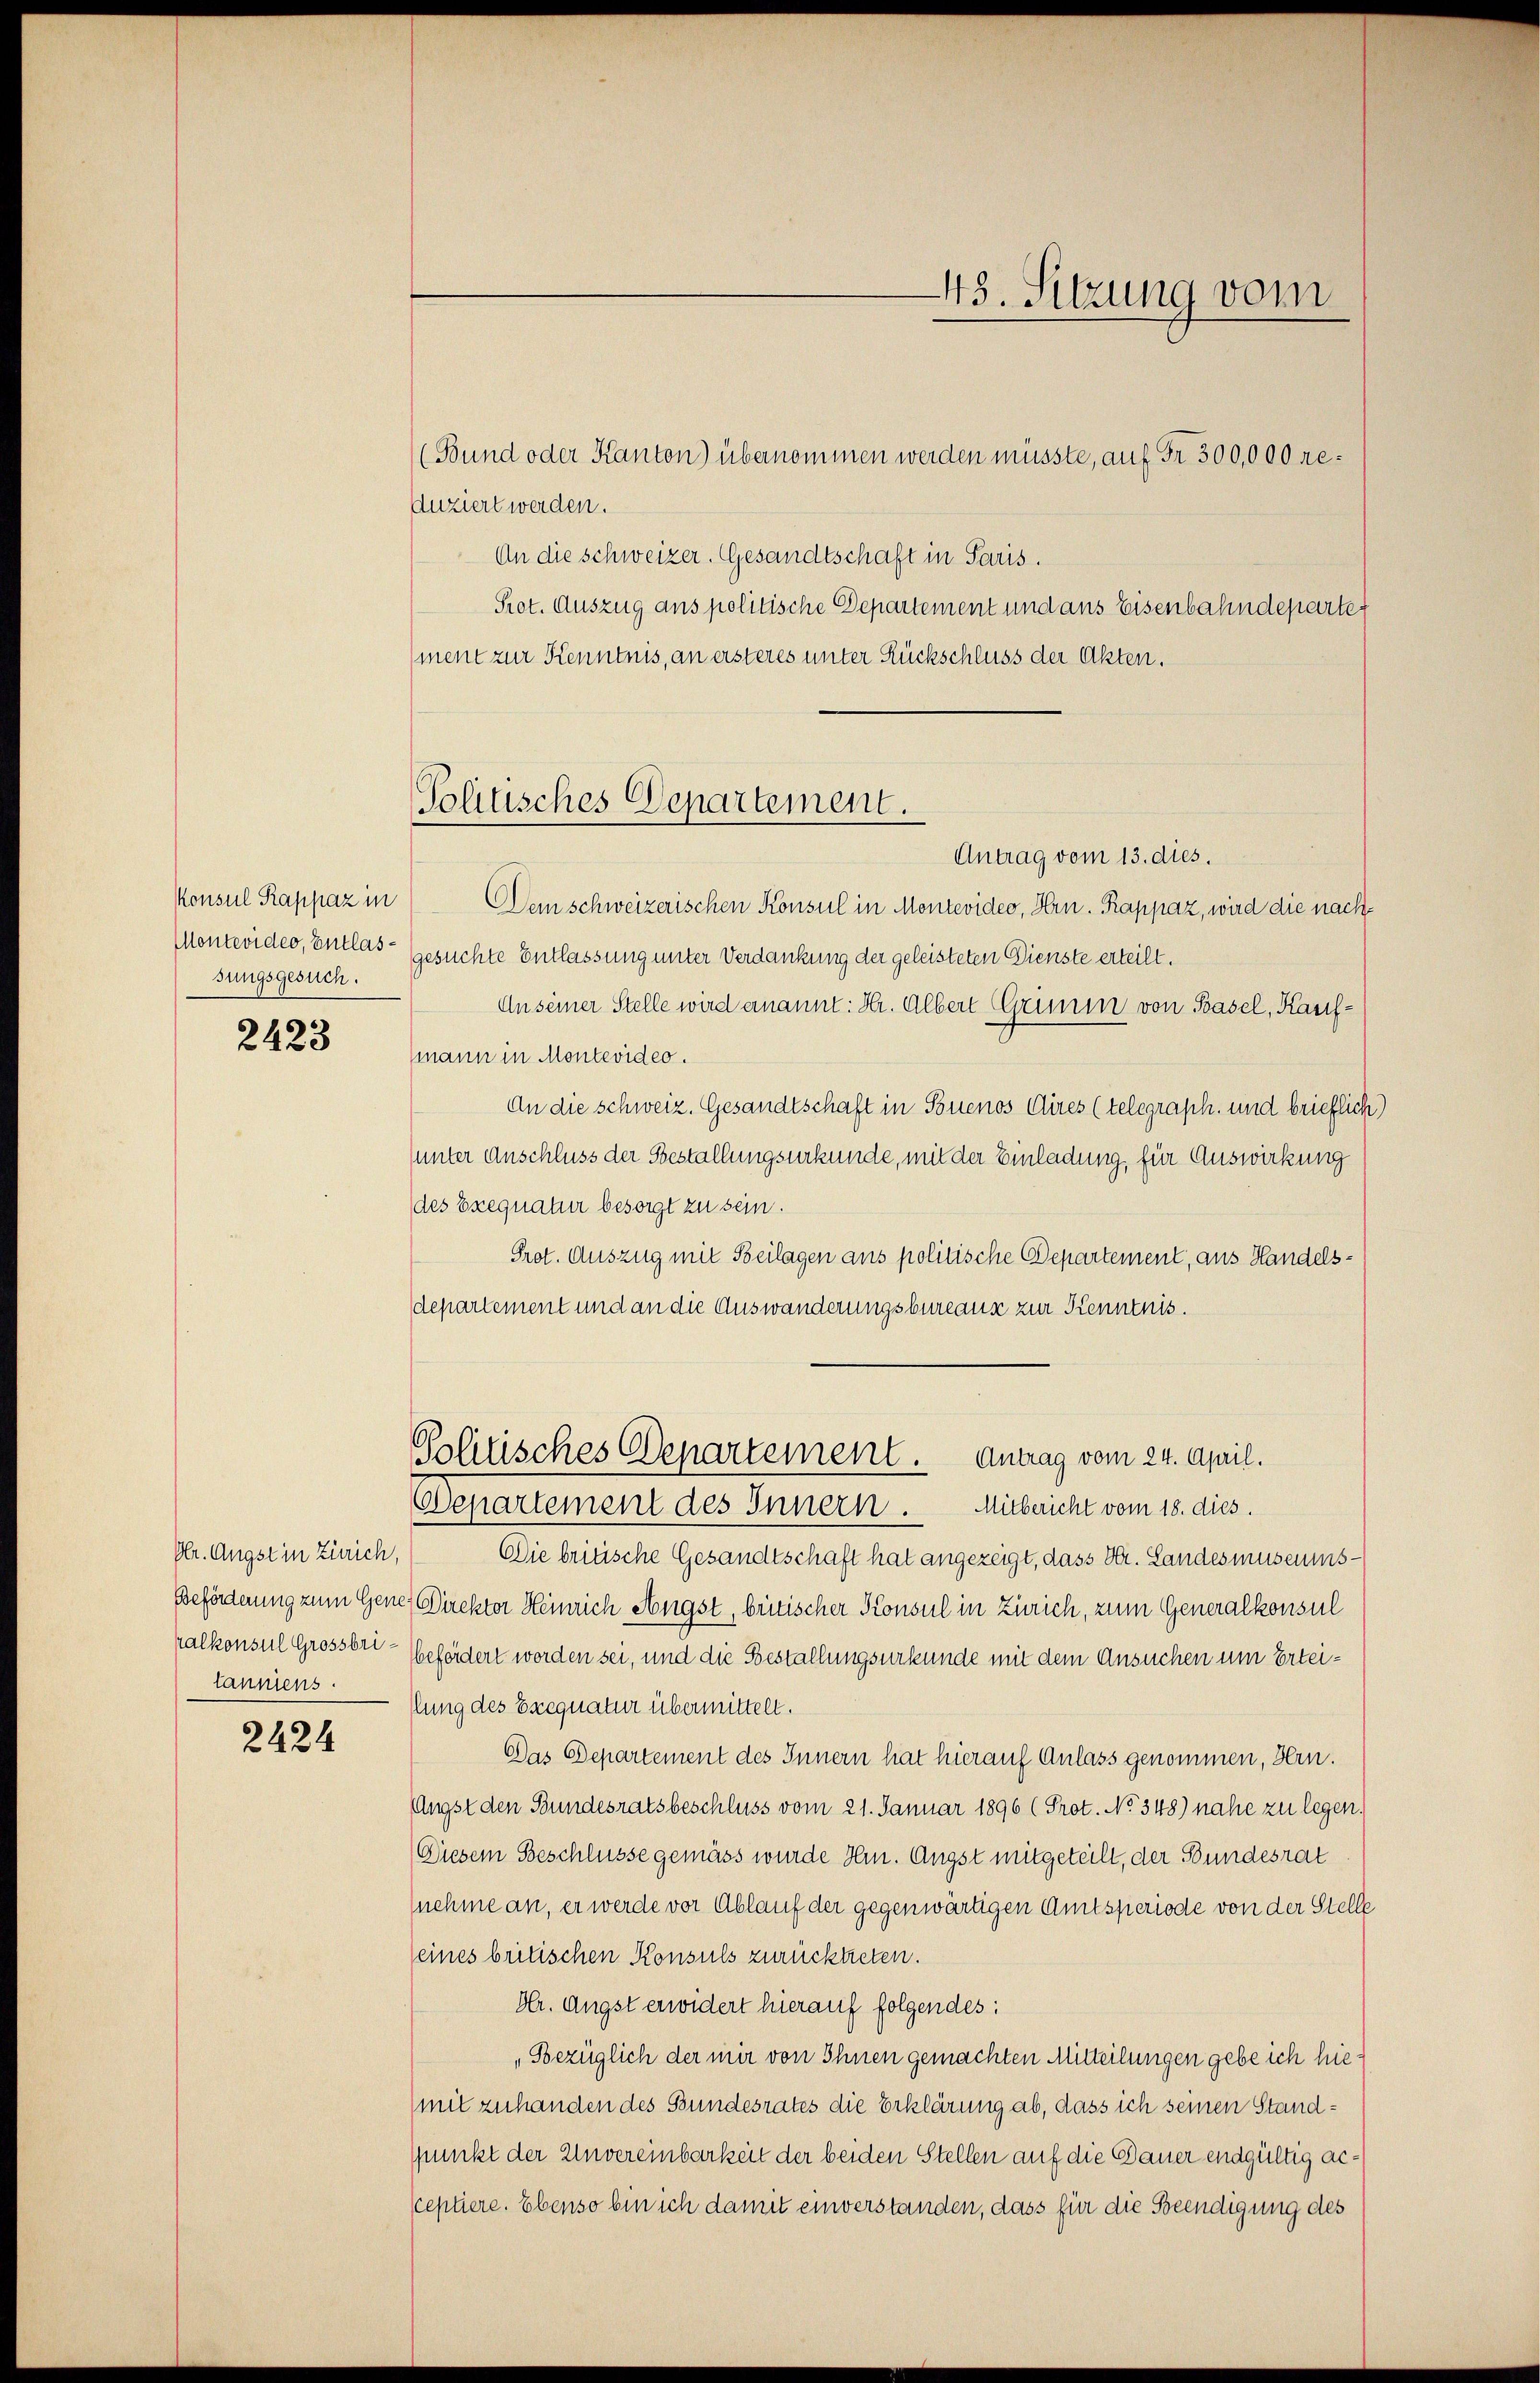
Konsul Rappaz in
Montevideo, Entlassungsgesuch.

2423

lannens.

2424

(Bund oder Kanton) übernommen werden müsste, auf Fr. 300,000 re¬
Auziert werden.
An die Schweizer. Gesandtschaft in Paris.
Prot. Auszug aus politische Departement und aus Eisenbahndeparten
ment zur Kenntnis, an ersteres unter Rückschluss der Akten.
Antrag vom 13. dies.
Dem schweizerischen Konsul in Montevideo, Hrn. Rappaz, wird die nachgesuchte Entlassung unter Verdankung der geleisteten Dienste erteilt.
An seiner Stelle wird ernannt: Hr. Albert Grimm von Basel, Kaufmann in Montevideo.
An die schweiz. Gesandtschaft in Souenos Aires (telegraph. und brieflich)
(unter Anschluss der Gestallungsurkunde, mit der Einladung, für Auswirkung
(des Exequatur besorgt zu sein.
Prot. Auszug mit Beilagen aus politische Departement, aus Handelsdepartement und an die Auswanderungsbureaus zur Kenntnis.

43. Sitzung vom

Politisches Departement.

Politisches Departement. Antrag vom 24. April.
Mitbericht vom 18. dies.
Departement des Innern.

Dr. Angst in Zürich, Die britische Gesandtschaft hat angezeigt, dass Dr. Landesmuseums¬
Beförderung zum Gener Direkter Heinrich Angst, britischer Konsul in Zürich, zum Generalkonsul
kalkonsul Grossert - befördert worden sei, und die Bestallungsurkunde mit dem Ansuchen um Erteifung des Exequatur übermittelt.
Das Departement des Innern hat hierauf Anlass genommen, Hrn.
(Angst den Bundesratsbeschluss vom 21. Januar 1896 (Prot. No 348) nahe zu legen.
Diesem Beschlüsse gemäss wurde Hr. Angst mitgeteilt, der Bundesrat
nehme an, er werde vor Ablauf der gegenwärtigen Amtsperiode von der Stelle
eines britischen Konsuls zurücktreten.
Hr. Angst erwidert hierauf folgendes:
„Bezüglich der mir von Ihnen gemachten Mitteilungen gebe ich hiemit zuhanden des Bundesrates die Erklärung ab, dass ich seinen Standspunkt der Unvereinbarkeit der beiden Stellen auf die Dauer endgültig acsceptiere. Ebenso bin ich damit einverstanden, dass für die Beendigung des